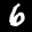
Label: 6